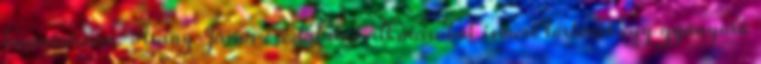
bemutatásra. Arany János csodálatos alkotásából ismert történet egy gyönyörű